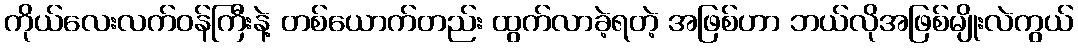
ကိုယ်လေးလက်ဝန်ကြီးနဲ့ တစ်ယောက်တည်း ထွက်လာခဲ့ရတဲ့ အဖြစ်ဟာ ဘယ်လိုအဖြစ်မျိုးလဲကွယ်